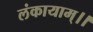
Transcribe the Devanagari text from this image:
लंकायाम्।।